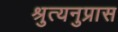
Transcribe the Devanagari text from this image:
श्रुत्यनुप्रास